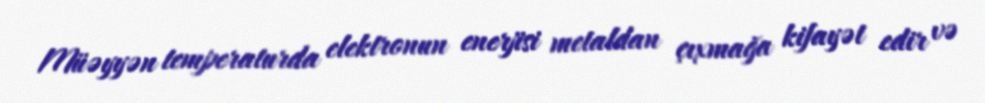
Müəyyən temperaturda elektronun enerjisi metaldan çıxmağa kifayət edir və